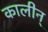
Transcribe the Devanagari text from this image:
कालीन्